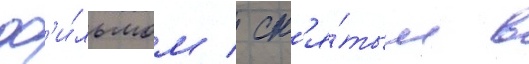
ф'и́льмом / сн'я́тым в